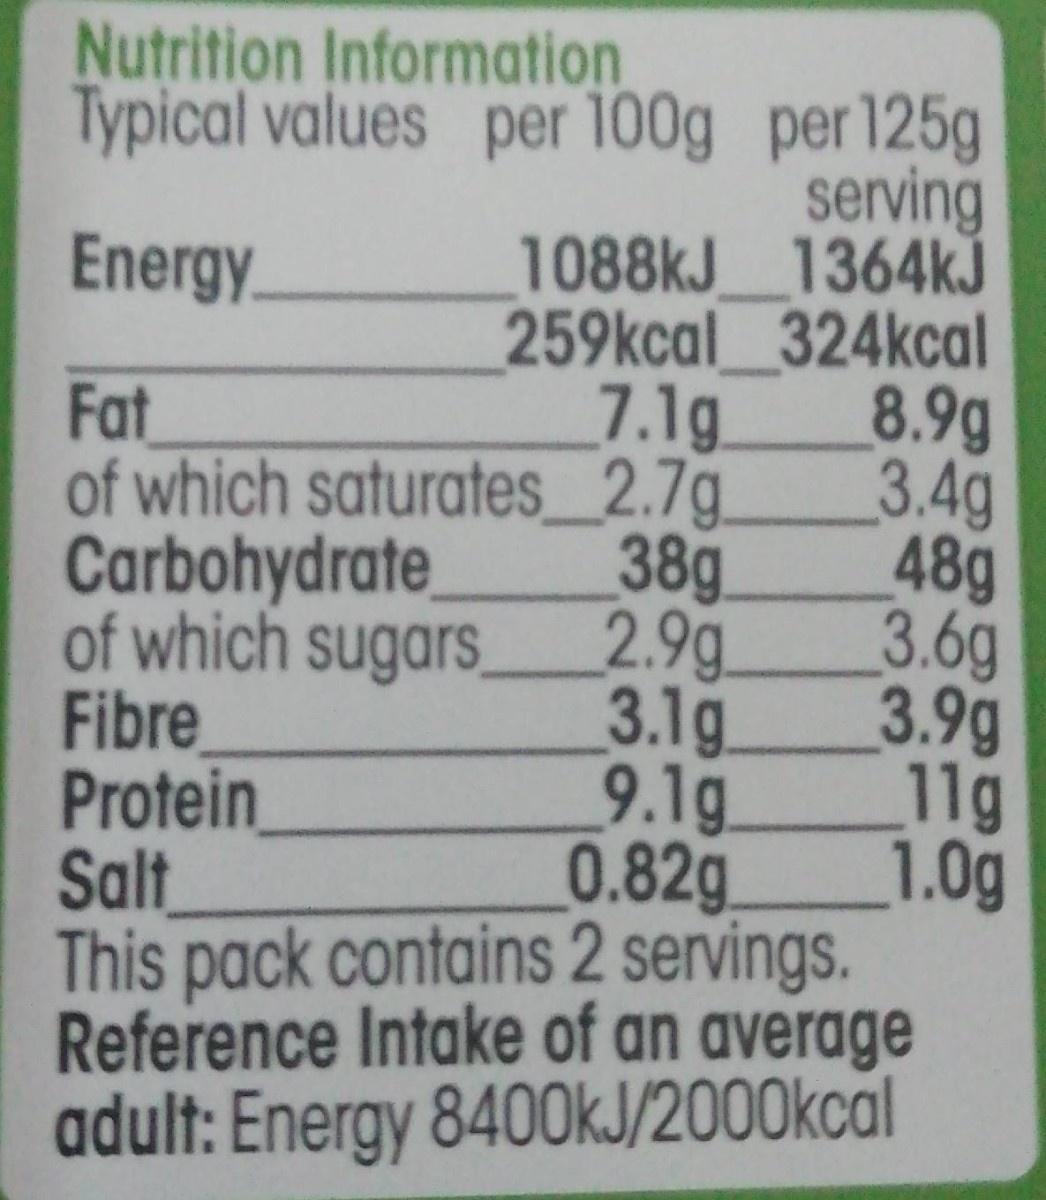
Nutrition Information Typical values per 100g per 125g serving 1088kJ 1364kJ 259kcal 324kcal 8.9g 3.4g 48g 3.6g 3.9g Energy. 7.1g of which saturates_2.7g. 38g 2.9g Fat Carbohydrate, of which sugars Fibre Protein Salt 3.1g 9.1g 11g 0.82g This pack contains 2 servings. Reference Intake of an average adult: Energy 8400KJ/2000kcal 1.0g